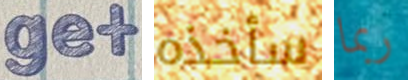
get سأخذه ربما